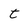
Character: t